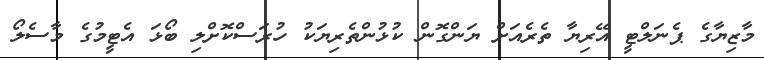
މާޒިޔާގެ ޕެނަލްޓީ އޭރިޔާ ތެރެއަށް ޔަންގޮން ކުޅުންތެރިޔަކު ހުރަސްކޮށްލި ބޯޅަ އެޓީމުގެ މާސެލޯ